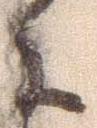
に